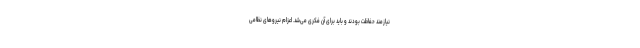
نیازمند حفاظت بودند و باید برای آن فکری می‌شد. اعزام نیروهای نظامی